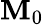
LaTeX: \mathbf{M}_{0}